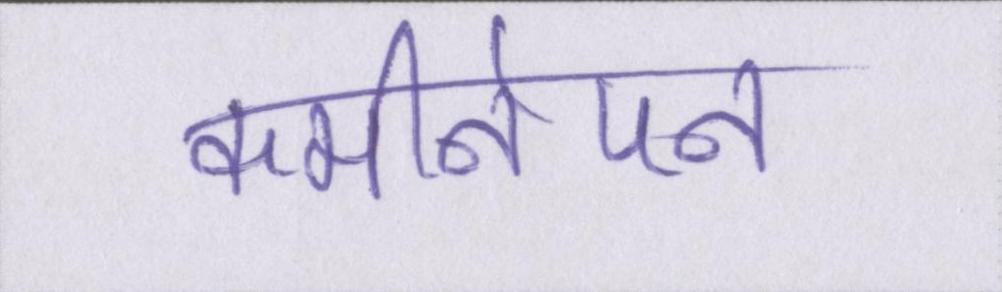
कमीनेपन